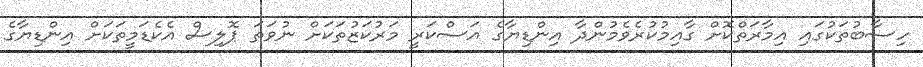
ހިސާބުތަކުގައި އިމާރަތްކޮށް ގާއިމުކުރެވެމުންދާ އިންޑިޔާގެ އަސްކަރީ މަރުކަޒުތަކަށް ނުވަތަ ޕޮލިސް އެކެޑަމީތަކަށް އިންޑިޔާގެ